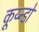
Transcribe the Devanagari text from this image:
कूय्न्डो